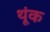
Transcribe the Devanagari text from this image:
थूंक